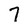
Character: 7